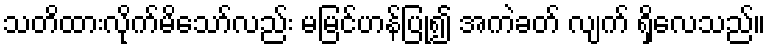
သတိထားလိုက်မိသော်လည်း မမြင်ဟန်ပြု၍ အကဲခတ် လျက် ရှိလေသည်။